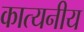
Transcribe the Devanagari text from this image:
कात्यनीय